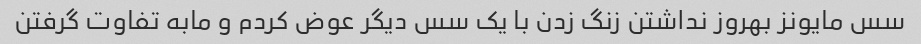
سس مایونز بهروز نداشتن زنگ زدن با یک سس دیگر عوض کردم و مابه تفاوت گرفتن